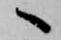
へ